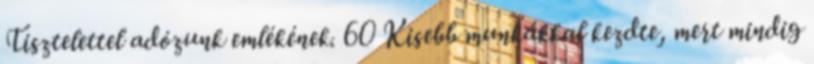
Tisztelettel adózunk emlékének. 60 Kisebb munkákkal kezdte, mert mindig